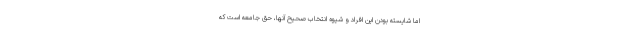
اما شایسته بودن این افراد و شیوه انتخاب صحیح آنها، حق جامعه است که